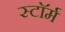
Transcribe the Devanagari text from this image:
स्टाॅर्म